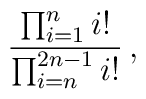
{\prod_{i=1}^n i!\over\prod_{i=n}^{2n-1}i!}\,,